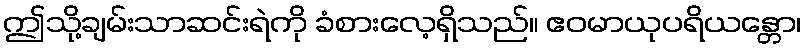
ဤသို့ချမ်းသာဆင်းရဲကို ခံစားလေ့ရှိသည်။ ဧဝမာယုပရိယန္တော၊